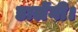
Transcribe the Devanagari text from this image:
डालेंगी।